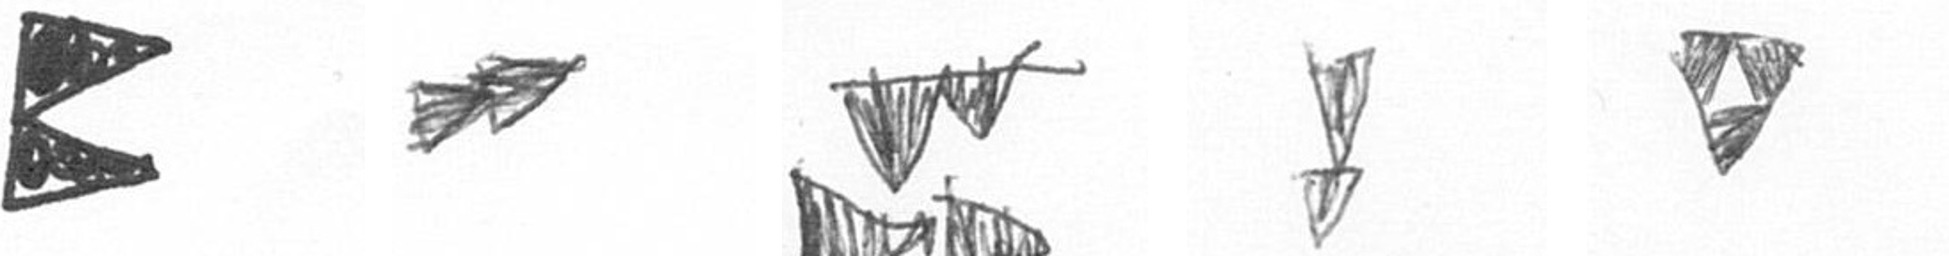
P A B Z S